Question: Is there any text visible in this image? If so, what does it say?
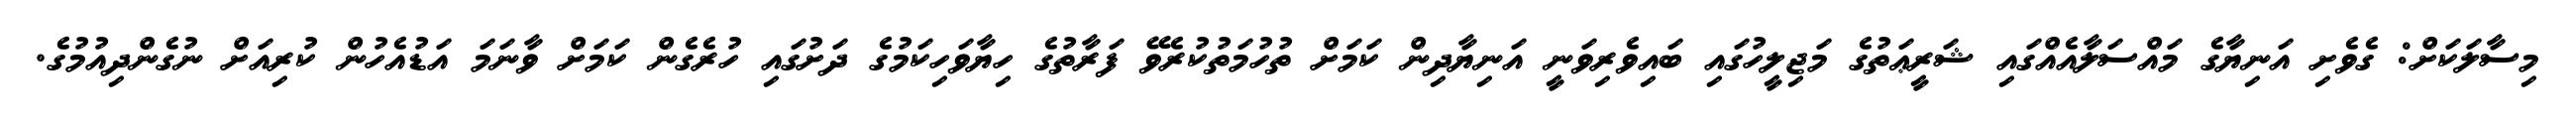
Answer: މިސާލަކަށް: ގެވެށި އަނިޔާގެ މައްސަލާއެއްގައި ޝަރީޢަތުގެ މަޖިލީހުގައި ބައިވެރިވަނީ އަނިޔާދިން ކަމަށް ތުހުމަތުކުރެވޭ ފަރާތުގެ ހިޔާވަހިކަމުގެ ދަށުގައި ހުރެގެން ކަމަށް ވާނަމަ އަޑުއެހުން ކުރިއަށް ނުގެންދިއުމުގެ.